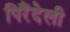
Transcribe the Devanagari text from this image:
पिरैंदेली